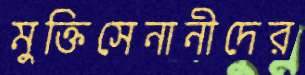
মুক্তিসেনানীদের